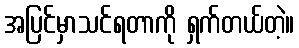
အပြင်မှာသင်ရတာကို ရှက်တယ်တဲ့။